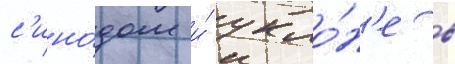
с'ино́дом и́ укло́н'е в